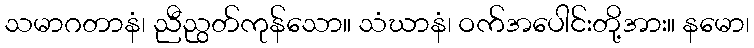
သမာဂတာနံ၊ ညီညွတ်ကုန်သော။ သံဃာနံ၊ ဝက်အပေါင်းတို့အား။ နမော၊